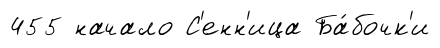
455 начало С'енн'ица Ба́бочк'и